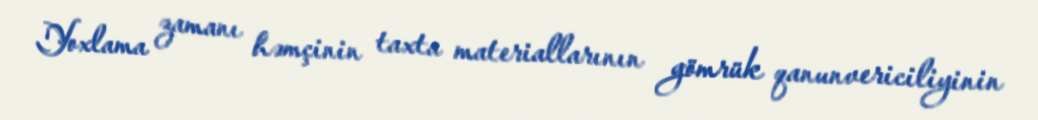
Yoxlama zamanı həmçinin taxta materiallarının gömrük qanunvericiliyinin